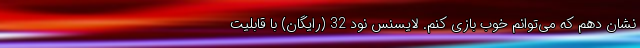
نشان دهم که می‌توانم خوب بازی کنم. لایسنس نود 32 (رایگان) با قابلیت